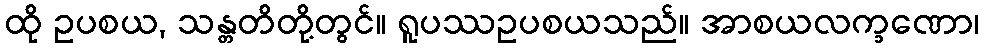
ထို ဥပစယ, သန္တတိတို့တွင်။ ရူပဿဥပစယသည်။ အာစယလက္ခဏော၊